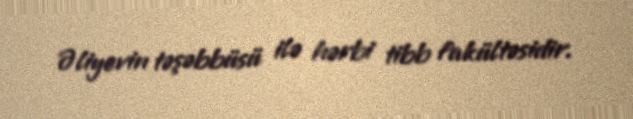
Əliyevin təşəbbüsü ilə hərbi tibb fakültəsidir.